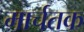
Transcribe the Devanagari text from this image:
मार्चतक